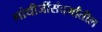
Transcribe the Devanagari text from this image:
गांधीजींसंदर्भांतील